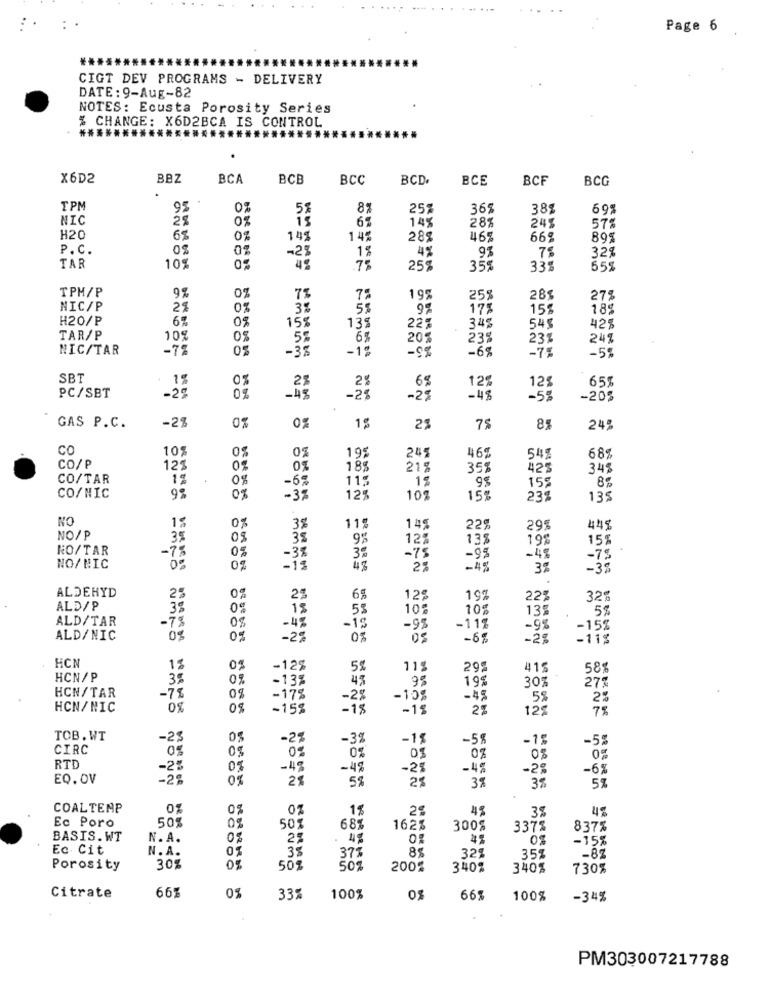
Page 6
CIGT DEV PROGRAMS - DELIVERY
DATE: 9-Aug-82
NOTES: Ecusta Porosity Series
% CHANGE: X6D2BCA IS CONTROL
********
**************
X6D2
BBZ
BCA
BCB
BCC
BCD.
BCE
BCF
BCG
TPM
95
0%
8%
25%
36%
388
69%
NIC
2%
15
6%
245
14%
28%
57%
H20
6%
0%
141
14%
288
465
66%
89%
P.C.
0%
-25
1%
4%
93
32%
TAR
10%
75
25%
35
33%
55%
TPM/P
9%
0%
7%
199
25%
28%
275
NIC/P
2%
0%
3%
5%
9%
175
15%
18%
H20/P
6
15%
135
345
545
42%
TAR/P
10%
55
6%
20℃
238
23%
24%
NIC/TAR
-7%
05
-3%
-1%
-9%
-75
-5%
-6%
SBT
1%
0%
65
PC/SBT
6%
12
12
-2ª
-49
-25
-25
- 48
-20%
-2%
1%
GAS P.C.
0%
2%
7%
8%
24%
CO
10%
0%
195
245
46%
54%
68%
CO/P
12
0%
188
215
358
425
348
CO/TAR
1%
0%
11:
15
15%
8%
CO/NIC
0%
-38
doom
12%
102
15%
23%
135
NO
1%
0%
3%
115
14
22%
29%
44%
NO/P
35
08
35
9%
12%
135
198
15%
NO/TAR
-7%
0%
-38
3%
-48
-75
-95
-75
NO/BIC
-13
2%
-48
3%
-38
ALDEHYD
2
2%
65
129
19%
22%
32%
ALD/P
38
0g
15
53
10%
10
13
58
ALD/TAR
-7%
08
-42
-15
-98
-95
-111
-15%
ALD/NIC
0%
0%
-2%
-6
-2%
-113
HC
12
-12%
115
292
41
58
HCN/P
3%
0%
-135
4%
19%
307
HCN/TAR
273
-7%
-175
-2%
-10%
.48
2%
HCN/NIC
0%
08
-15%
-18
-15
2%
125
75
TOB. WT
-25
-29
-3%
-15
-5%
-15
-55
CIRC
03
0%
0%
0%
RTD
-25
0%
-48
-48
-2%
-4%
-2%
-6%
EQ. OV
-25
0%
28
58
38
38
5%
COALTEMP
O
0%
07
38
4%
Ec Poro
505
0%
50
68
162%
300%
337%
837%
BASIS.WT
N. A.
2
49
-15%
Ec Cit
N. A.
38
85
32%
37%
35%
-87
Porosity
30%
501
200%
340%
340%
730%
66%
Citrate
0%
33%
100%
0%
66
100%
-34%
PM303007217788